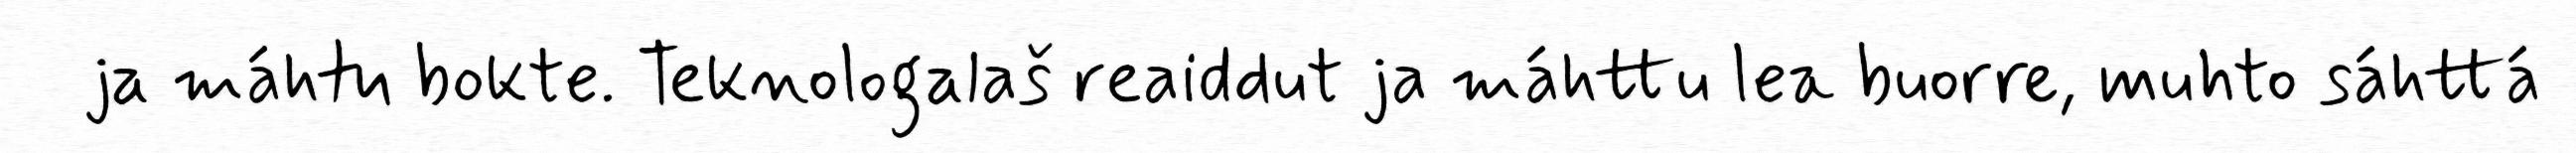
ja máhtu bokte. Teknologalaš reaiddut ja máhttu lea buorre, muhto sáhttá